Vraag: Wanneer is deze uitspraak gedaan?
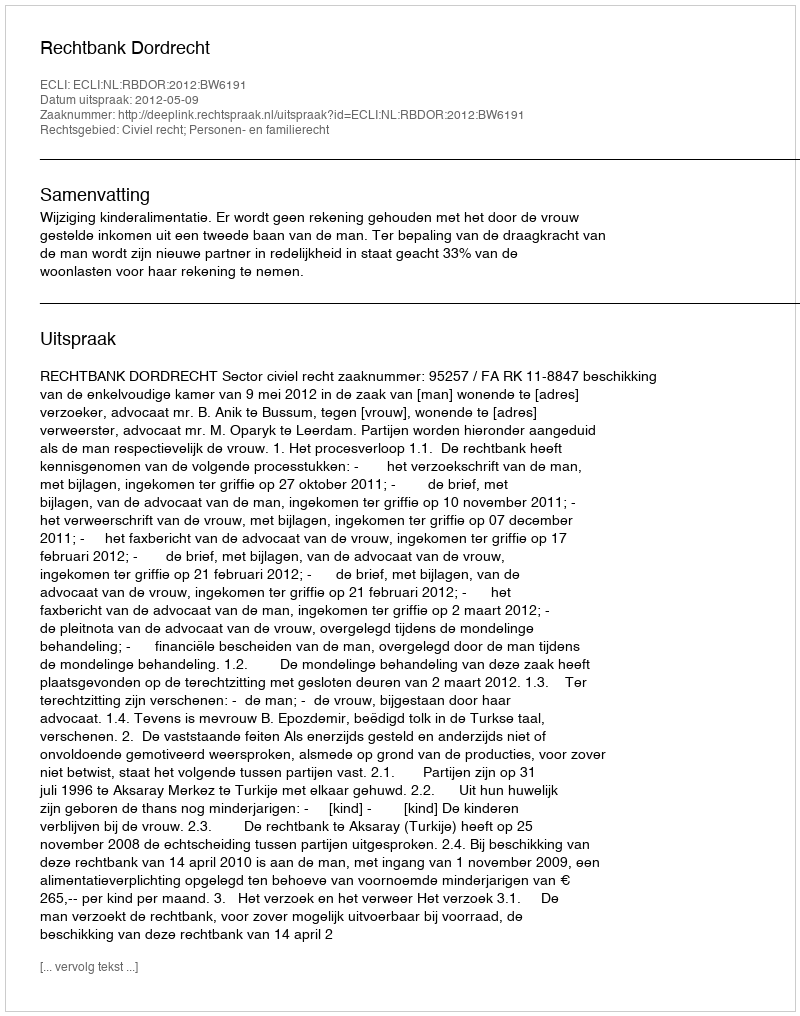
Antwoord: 2012-05-09